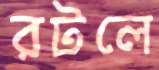
রটলে